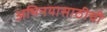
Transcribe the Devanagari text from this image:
अभिनयासाठीची